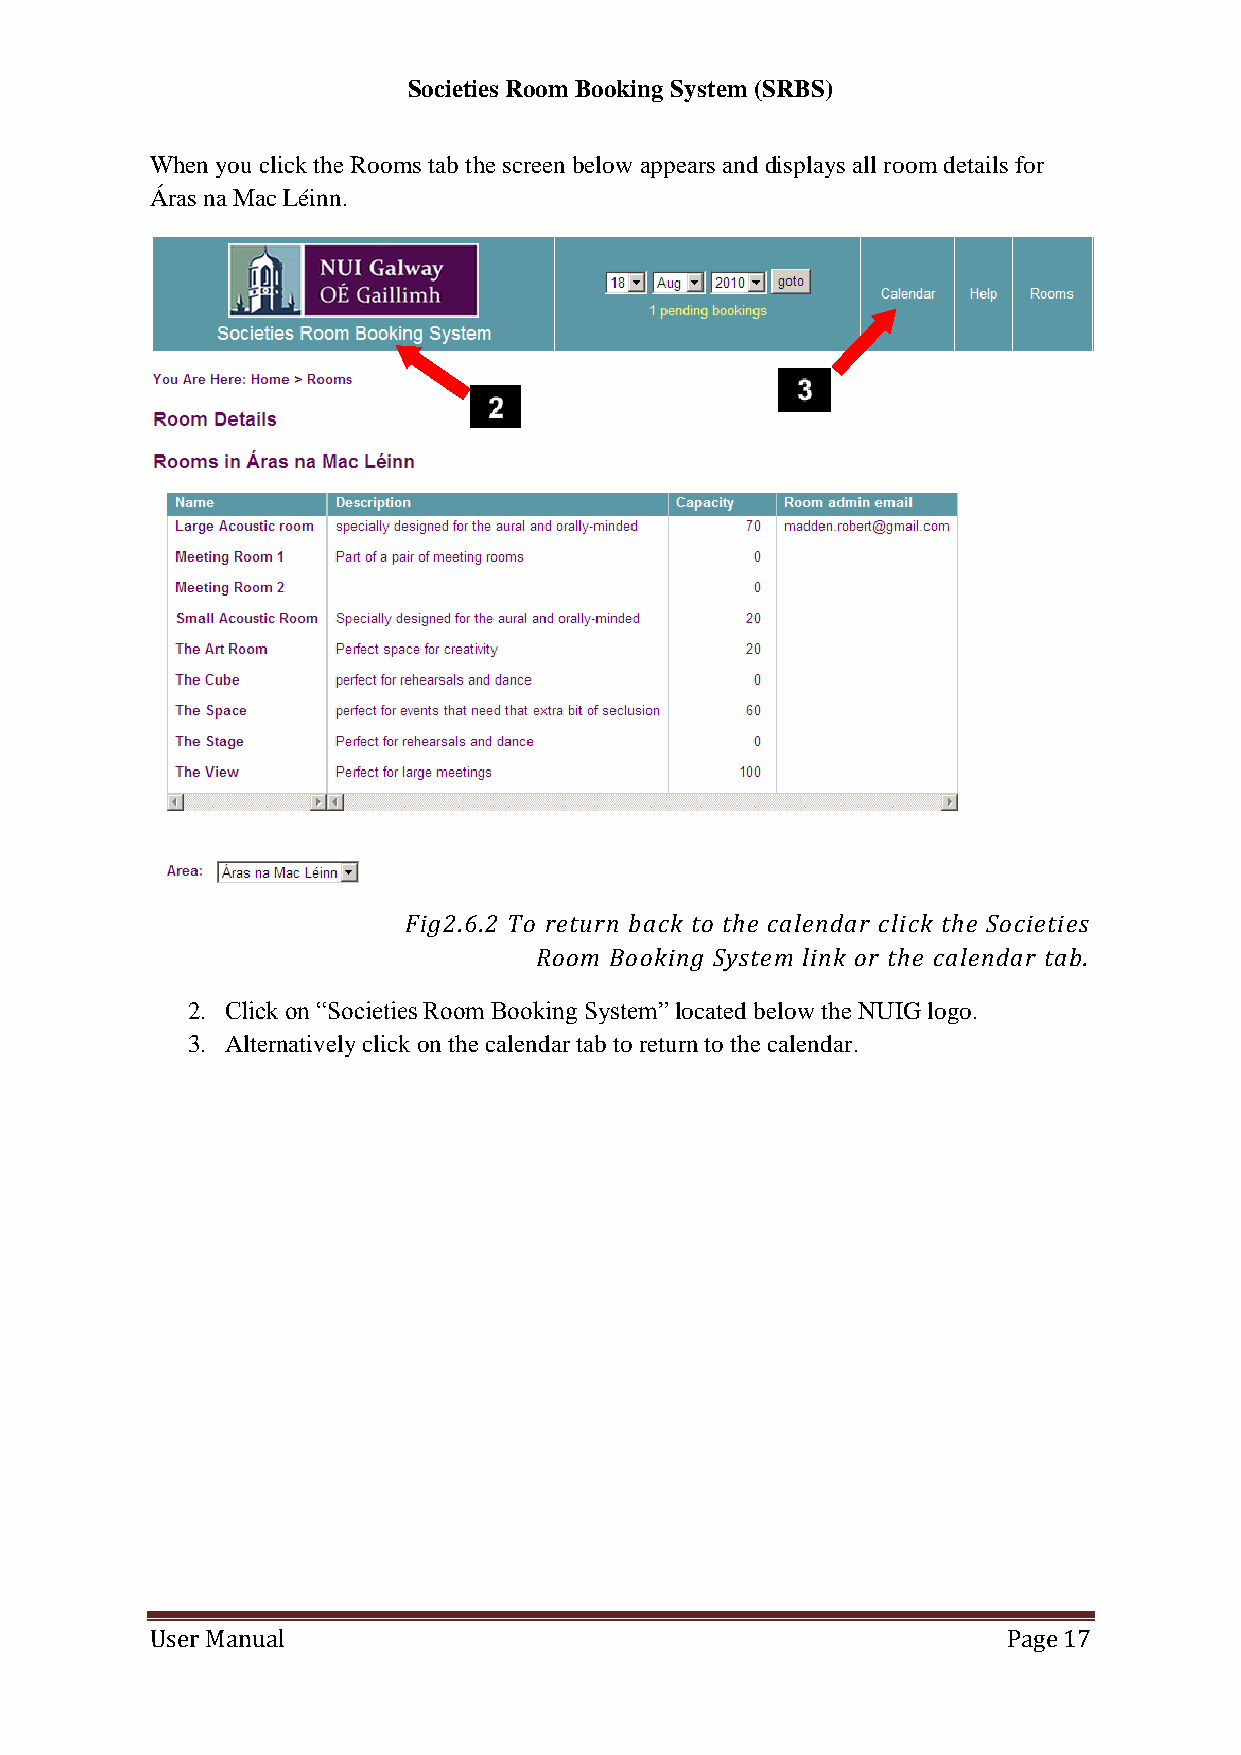
Societies Room Booking System (SRBS)
 When you click the Rooms tab the screen below appears and displays all room details for
 Áras na Mac Léinn.
 Fig2.6.2 To return back to the calendar click the Societies
 Room Booking System link or the calendar tab.
 2. Click on “Societies Room Booking System” located below the NUIG logo.
 3. Alternatively click on the calendar tab to return to the calendar.
 User Manual                                              Page 17